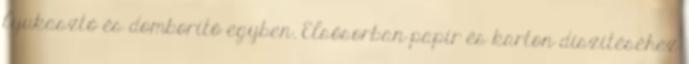
lyukasztó és domborító egyben. Elsősorban papír és karton díszítéséhez